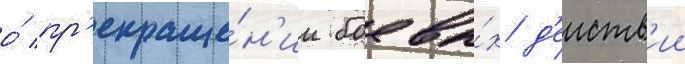
о́ пр'екраще́н'ии боевы́х д'еиств'ии